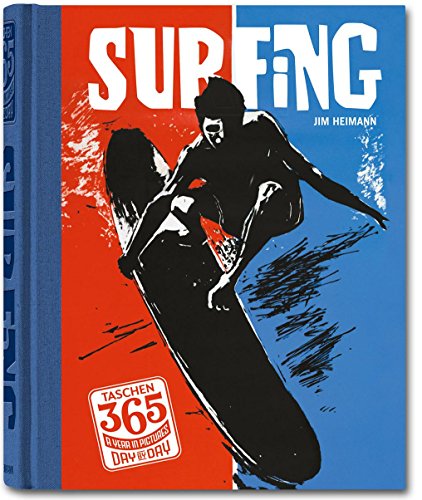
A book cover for TASCHEN 365 Day-by-Day: Surfing; Arts & Photography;